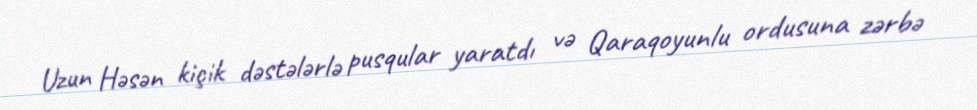
Uzun Həsən kiçik dəstələrlə pusqular yaratdı və Qaraqoyunlu ordusuna zərbə